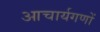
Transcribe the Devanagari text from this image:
आचार्यगणों